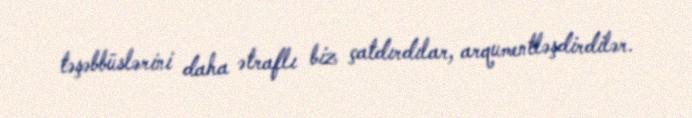
təşəbbüslərini daha ətraflı biz çatdırdılar, arqumentləşdirdilər.